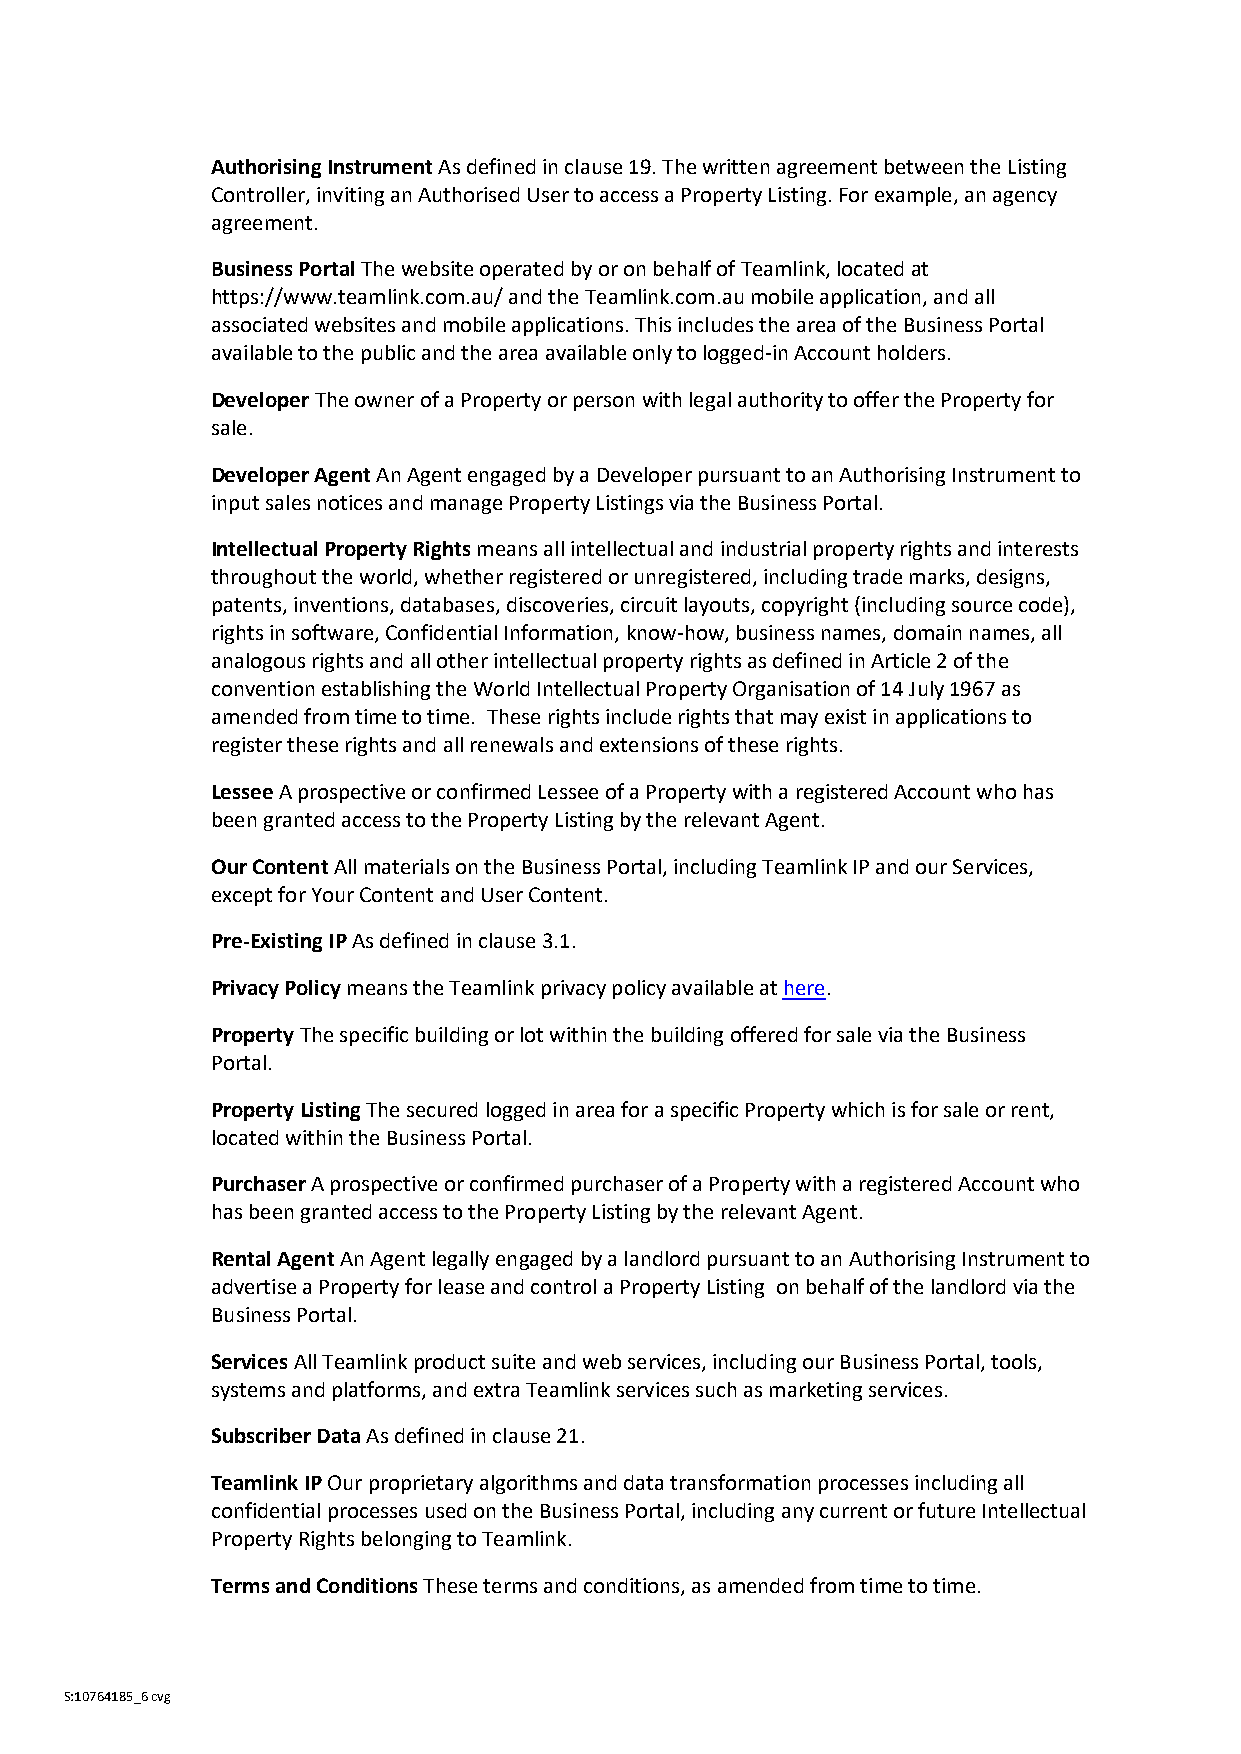
Authorising Instrument As defined in clause 19. The written agreement between the Listing
 Controller, inviting an Authorised User to access a Property Listing. For example, an agency
 agreement.
 Business Portal The website operated by or on behalf of Teamlink, located at
 https://www.teamlink.com.au/ and the Teamlink.com.au mobile application, and all
 associated websites and mobile applications. This includes the area of the Business Portal
 available to the public and the area available only to logged-in Account holders.
 Developer The owner of a Property or person with legal authority to offer the Property for
 sale.
 Developer Agent An Agent engaged by a Developer pursuant to an Authorising Instrument to
 input sales notices and manage Property Listings via the Business Portal.
 Intellectual Property Rights means all intellectual and industrial property rights and interests
 throughout the world, whether registered or unregistered, including trade marks, designs,
 patents, inventions, databases, discoveries, circuit layouts, copyright (including source code),
 rights in software, Confidential Information, know-how, business names, domain names, all
 analogous rights and all other intellectual property rights as defined in Article 2 of the
 convention establishing the World Intellectual Property Organisation of 14 July 1967 as
 amended from time to time. These rights include rights that may exist in applications to
 register these rights and all renewals and extensions of these rights.
 Lessee A prospective or confirmed Lessee of a Property with a registered Account who has
 been granted access to the Property Listing by the relevant Agent.
 Our Content All materials on the Business Portal, including Teamlink IP and our Services,
 except for Your Content and User Content.
 Pre-Existing IP As defined in clause 3.1.
 Privacy Policy means the Teamlink privacy policy available at here.
 Property The specific building or lot within the building offered for sale via the Business
 Portal.
 Property Listing The secured logged in area for a specific Property which is for sale or rent,
 located within the Business Portal.
 Purchaser A prospective or confirmed purchaser of a Property with a registered Account who
 has been granted access to the Property Listing by the relevant Agent.
 Rental Agent An Agent legally engaged by a landlord pursuant to an Authorising Instrument to
 advertise a Property for lease and control a Property Listing on behalf of the landlord via the
 Business Portal.
 Services All Teamlink product suite and web services, including our Business Portal, tools,
 systems and platforms, and extra Teamlink services such as marketing services.
 Subscriber Data As defined in clause 21.
 Teamlink IP Our proprietary algorithms and data transformation processes including all
 confidential processes used on the Business Portal, including any current or future Intellectual
 Property Rights belonging to Teamlink.
 Terms and Conditions These terms and conditions, as amended from time to time.
 S:10764185_6 cvg